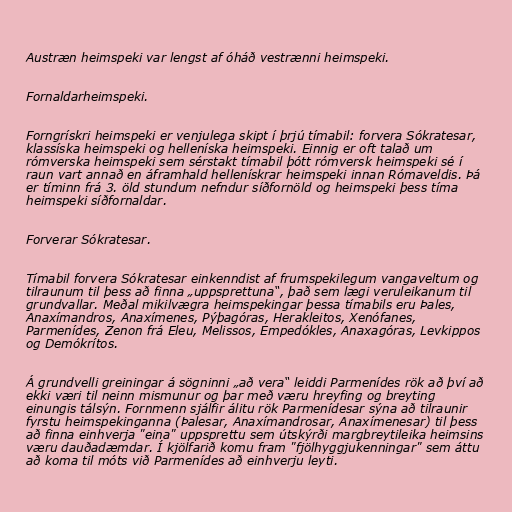
Austræn heimspeki var lengst af óháð vestrænni heimspeki.

Fornaldarheimspeki.

Forngrískri heimspeki er venjulega skipt í þrjú tímabil: forvera Sókratesar,
klassíska heimspeki og helleníska heimspeki. Einnig er oft talað um
rómverska heimspeki sem sérstakt tímabil þótt rómversk heimspeki sé í
raun vart annað en áframhald hellenískrar heimspeki innan Rómaveldis. Þá
er tíminn frá 3. öld stundum nefndur síðfornöld og heimspeki þess tíma
heimspeki síðfornaldar.

Forverar Sókratesar.

Tímabil forvera Sókratesar einkenndist af frumspekilegum vangaveltum og
tilraunum til þess að finna „uppsprettuna“, það sem lægi veruleikanum til
grundvallar. Meðal mikilvægra heimspekingar þessa tímabils eru Þales,
Anaxímandros, Anaxímenes, Pýþagóras, Herakleitos, Xenófanes,
Parmenídes, Zenon frá Eleu, Melissos, Empedókles, Anaxagóras, Levkippos
og Demókrítos.

Á grundvelli greiningar á sögninni „að vera“ leiddi Parmenídes rök að því að
ekki væri til neinn mismunur og þar með væru hreyfing og breyting
einungis tálsýn. Fornmenn sjálfir álitu rök Parmenídesar sýna að tilraunir
fyrstu heimspekinganna (Þalesar, Anaxímandrosar, Anaxímenesar) til þess
að finna einhverja "eina" uppsprettu sem útskýrði margbreytileika heimsins
væru dauðadæmdar. Í kjölfarið komu fram "fjölhyggjukenningar" sem áttu
að koma til móts við Parmenídes að einhverju leyti.